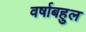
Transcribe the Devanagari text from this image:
वर्षाबहुल